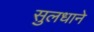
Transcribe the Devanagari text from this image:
सुलधाने